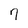
Character: 7